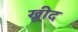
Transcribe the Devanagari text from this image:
ख्रीद